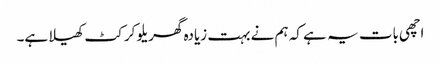
اچھی بات یہ ہے کہ ہم نے بہت زیادہ گھریلو کرکٹ کھیلا ہے۔